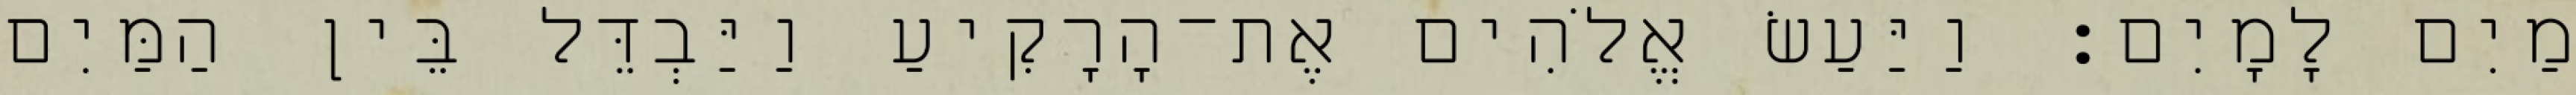
מַיִם לָמָיִם׃ וַיַּעַשׂ אֱלֹהִים אֶת־הָרָקִיעַ וַיַּבְדֵּל בֵּין הַמַּיִם